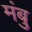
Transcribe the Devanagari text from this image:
मंबु